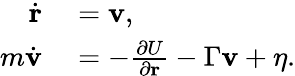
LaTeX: \begin{array}{rl}{\dot{\mathbf{r}}}&{{}=\mathbf{v},}\\ {m\dot{\mathbf{v}}}&{{}=-\frac{\partial U}{\partial\mathbf{r}}-\Gamma\mathbf{v}+\mathbf{\eta}.}\end{array}